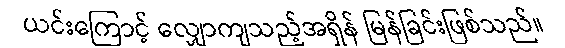
ယင်းကြောင့် လျှောကျသည့်အရှိန် မြန်ခြင်းဖြစ်သည်။